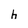
Character: h